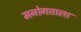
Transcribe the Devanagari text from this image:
मनोगताला